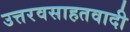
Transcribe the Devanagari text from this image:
उत्तरवसाहतवादी